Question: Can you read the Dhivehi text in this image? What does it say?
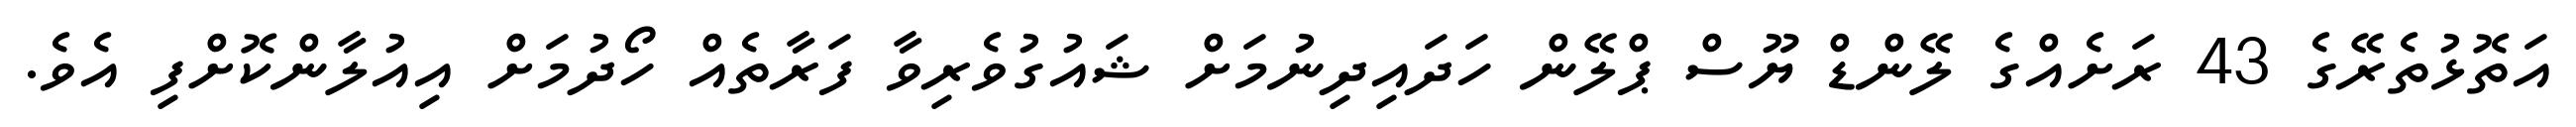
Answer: އަތޮޅުތެރޭގެ 43 ރަށެއްގެ ލޭންޑް ޔޫސް ޕްލޭން ހަދައިދިނުމަށް ޝައުގުވެރިވާ ފަރާތެއް ހޯދުމަށް އިއުލާންކޮށްފި އެވެ.